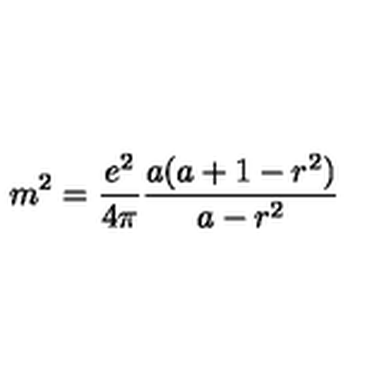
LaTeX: m ^ { 2 } = { \frac { e ^ { 2 } } { 4 \pi } } { \frac { a ( a + 1 - r ^ { 2 } ) } { a - r ^ { 2 } } }